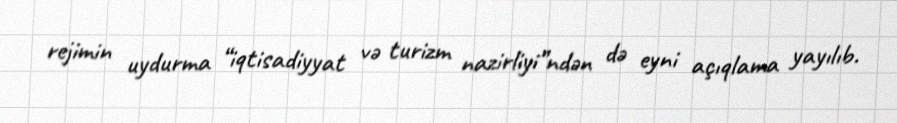
rejimin uydurma “iqtisadiyyat və turizm nazirliyi”ndən də eyni açıqlama yayılıb.